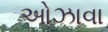
ઓઝાવા